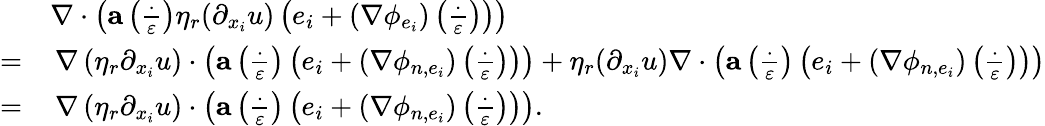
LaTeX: \begin{array}{rl}&{\nabla\cdot\left(\mathbf{a}\left(\frac{\cdot}{\varepsilon}\right)\eta_{r}(\partial_{x_{i}}u)\left(e_{i}+(\nabla\phi_{e_{i}})\left(\frac{\cdot}{\varepsilon}\right)\right)\right)}\\ {=}&{\, \nabla\left(\eta_{r}\partial_{x_{i}}u\right)\cdot\left(\mathbf{a}\left(\frac{\cdot}{\varepsilon}\right)\left(e_{i}+(\nabla\phi_{n,e_{i}})\left(\frac{\cdot}{\varepsilon}\right)\right)\right)+\eta_{r}(\partial_{x_{i}}u)\nabla\cdot\left(\mathbf{a}\left(\frac{\cdot}{\varepsilon}\right)\left(e_{i}+(\nabla\phi_{n,e_{i}})\left(\frac{\cdot}{\varepsilon}\right)\right)\right)}\\ {=}&{\, \nabla\left(\eta_{r}\partial_{x_{i}}u\right)\cdot\left(\mathbf{a}\left(\frac{\cdot}{\varepsilon}\right)\left(e_{i}+(\nabla\phi_{n,e_{i}})\left(\frac{\cdot}{\varepsilon}\right)\right)\right).}\end{array}